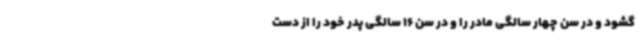
گشود و در سن چهار سالگی مادر را و در سن 16 سالگی پدر خود را از دست